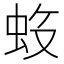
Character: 𱿝